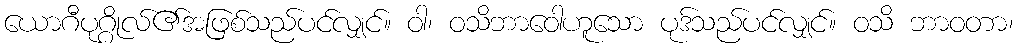
ယောဂီပုဂ္ဂိုလ်၏အဖြစ်သည်ပင်လျှင်။ ဝါ၊ ဝသိဘာဝေါဟူသော ပုဒ်သည်ပင်လျှင်။ ဝသိ ဘာဝတာ၊